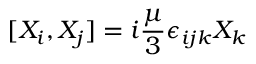
[ X _ { i } , X _ { j } ] = i { \frac { \mu } { 3 } } \epsilon _ { i j k } X _ { k }